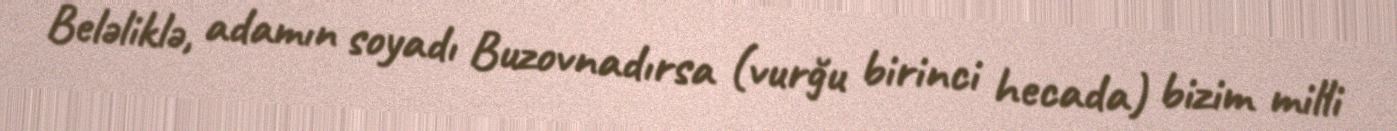
Beləliklə, adamın soyadı Buzovnadırsa (vurğu birinci hecada) bizim milli